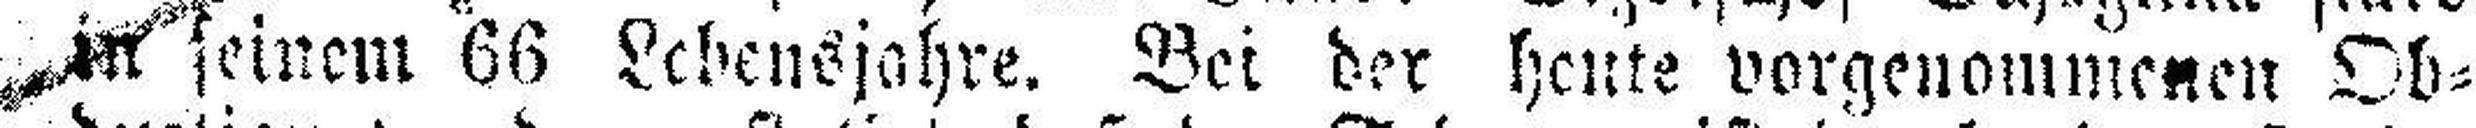
in seinem 66 Lebensjahre. Bei der heute vorgenommenen Ob¬